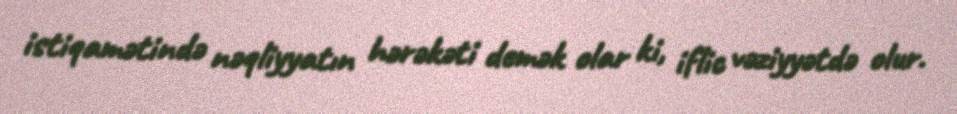
istiqamətində nəqliyyatın hərəkəti demək olar ki, iflic vəziyyətdə olur.